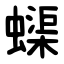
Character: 蟝